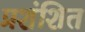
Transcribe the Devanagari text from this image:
प्रशंशित